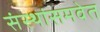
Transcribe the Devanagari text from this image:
संस्थांसमवेत